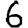
Digit: 6